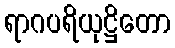
ရာဂပရိယုဋ္ဌိတော